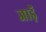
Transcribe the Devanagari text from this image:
जाड़ॅ